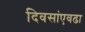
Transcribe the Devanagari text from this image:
दिवसांएवढा